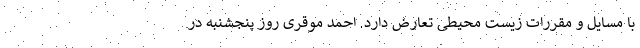
با مسایل و مقررات زیست محیطی تعارض دارد. احمد موقری روز پنجشنبه در